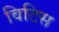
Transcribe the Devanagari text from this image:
विटिस